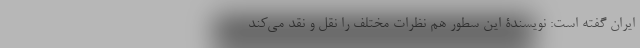
ایران گفته است: نویسندۀ این سطور هم نظرات مختلف را نقل و نقد می‌کند